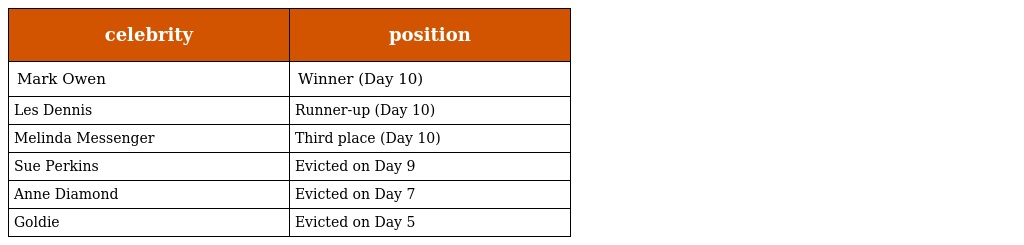
| celebrity | position |
 | --- | --- |
 | Mark Owen | Winner (Day 10) |
 | Les Dennis | Runner-up (Day 10) |
 | Melinda Messenger | Third place (Day 10) |
 | Sue Perkins | Evicted on Day 9 |
 | Anne Diamond | Evicted on Day 7 |
 | Goldie | Evicted on Day 5 |